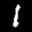
Label: 1